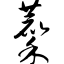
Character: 麇